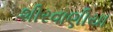
શીરવાણીયા